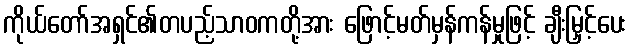
ကိုယ်တော်အရှင်၏တပည့်သာဝကတို့အား ဖြောင့်မတ်မှန်ကန်မှုဖြင့် ချီးမြှင့်ပေး